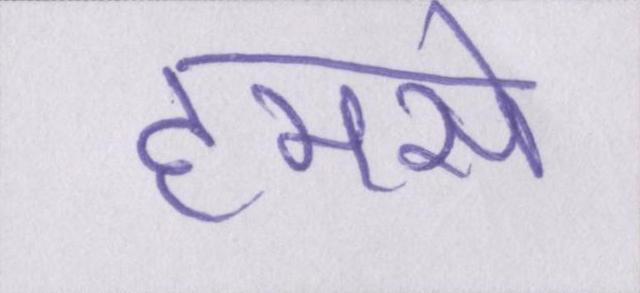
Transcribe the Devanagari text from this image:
हमसे